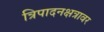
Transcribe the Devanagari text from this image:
त्रिपादनक्षत्रावर